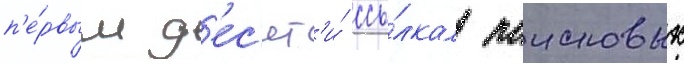
п'е́рвым д'ес'ят'и́ ссы́лкам поисковых